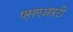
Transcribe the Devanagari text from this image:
एसएआरटी